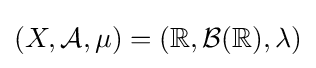
(X,{\mathcal {A}},\mu )=(\mathbb {R} ,{\mathcal {B}}(\mathbb {R} ),\lambda )